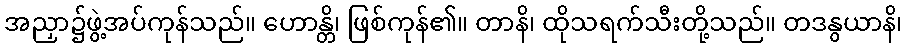
အညှာ၌ဖွဲ့အပ်ကုန်သည်။ ဟောန္တိ၊ ဖြစ်ကုန်၏။ တာနိ၊ ထိုသရက်သီးတို့သည်။ တဒနွယာနိ၊